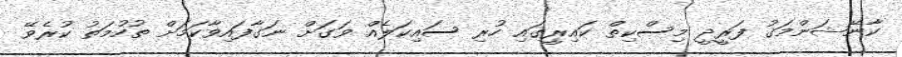
ކާނޭޝަންމަގު ފަރީދީ މިސްކިތް ކައިރީގައި ހުރި ސައިކަލެއް ވަގަށް ނަގާފައިވާކަމަށް ތުހުމަތު ކުރެވޭ